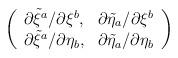
LaTeX: \begin{align*}\left( \begin{array}{cc} \partial\tilde{\xi}^a /\partial\xi^b, & \partial\tilde{\eta}_a /\partial\xi^b\\ \partial\tilde{\xi}^a /\partial\eta_b, & \partial\tilde{\eta}_a /\partial\eta_b \end{array} \right) \end{align*}